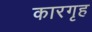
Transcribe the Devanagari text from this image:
कारगृह